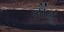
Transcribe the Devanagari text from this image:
लौंटूं